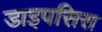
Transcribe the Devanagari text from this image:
डाइपसिस